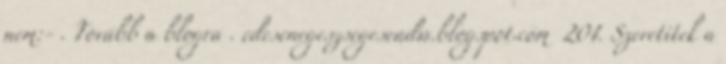
nem:- . Tovább a blogra . edesenegeszsegesendw.blogspot.com 201. Szeretitek a